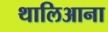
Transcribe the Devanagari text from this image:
थालिआना